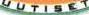
UUTISET